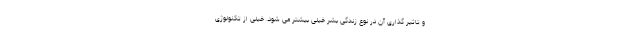
و تاثیر گذاری آن در نوع زندگی بشر خیلی بیشتر می شود. خیلی از تکنولوژی